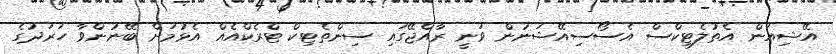
އޭޝިއަން އެތުލެޓިކްސް އެސޯސިއޭޝަނުން ވަނީ ރާއްޖޭގައި ސިންތެޓިކް ޓްރެކްއެއް އެޅުމަށް ބޭނުންވާ ހަރަދުގެ